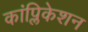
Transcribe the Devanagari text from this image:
कांप्लिकेशन